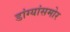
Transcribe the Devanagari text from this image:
डांग्यांसमोर